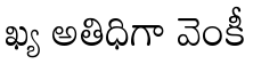
ఖ్య అతిధిగా వెంకీ